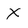
Character: X